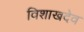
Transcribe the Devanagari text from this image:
विशाखदेव